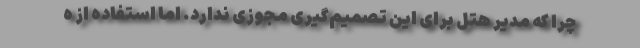
چرا که مدیر هتل برای این تصمیم‌گیری مجوزی ندارد. اما استفاده از ه